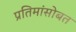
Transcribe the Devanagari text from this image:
प्रतिमांसोबत